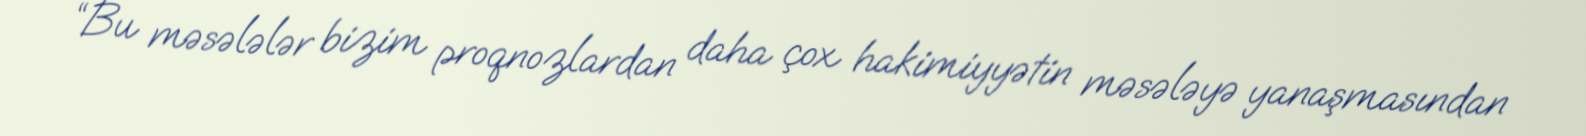
“Bu məsələlər bizim proqnozlardan daha çox hakimiyyətin məsələyə yanaşmasından